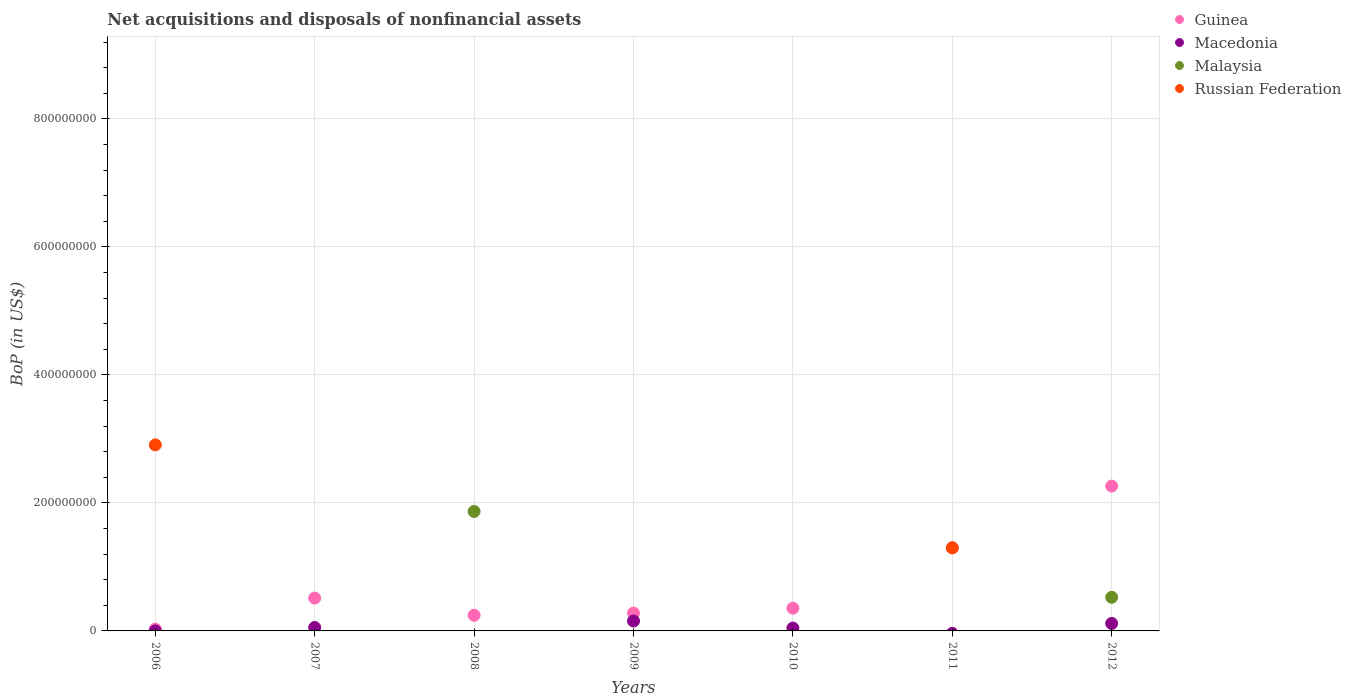
| Years | Guinea | Macedonia | Malaysia | Russian Federation |
 | --- | --- | --- | --- | --- |
 | 2006 | 2.83e+06 | 4.59e+03 | -7.24e+07 | 2.91e+08 |
 | 2007 | 5.13e+07 | 5.4e+06 | -5.43e+07 | -1.06e+10 |
 | 2008 | 2.45e+07 | -1.54e+07 | 1.87e+08 | -1.04e+08 |
 | 2009 | 2.79e+07 | 1.55e+07 | -4.49e+07 | -1.25e+10 |
 | 2010 | 3.56e+07 | 4.49e+06 | -3.44e+07 | -4.11e+07 |
 | 2011 | 1.3e+08 | -3.86e+06 | -4.35e+07 | 1.3e+08 |
 | 2012 | 2.26e+08 | 1.17e+07 | 5.25e+07 | -5.22e+09 |